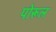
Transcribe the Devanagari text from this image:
पोरूल